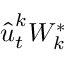
\hat { \boldsymbol { u } } _ { t } ^ { k } W _ { k } ^ { * }